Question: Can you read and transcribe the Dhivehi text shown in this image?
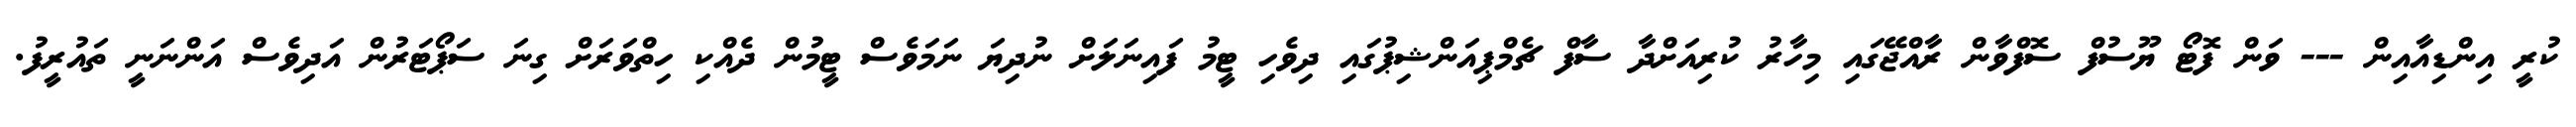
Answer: ކުރީ އިންޑިއާއިން --- ވަން ފޮޓޯ ޔޫސުފް ސޮފްވާން ރާއްޖޭގައި މިހާރު ކުރިއަށްދާ ސާފް ޗެމްޕިއަންޝިޕުގައި ދިވެހި ޓީމު ފައިނަލަށް ނުދިޔަ ނަމަވެސް ޓީމުން ދެއްކި ހިތްވަރަށް ގިނަ ސަޕޯޓަރުން އަދިވެސް އަންނަނީ ތައުރީފު.